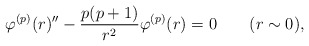
\begin{align*}\varphi^{(p)}(r)''-\frac{p(p+1)}{r^2}\varphi^{(p)}(r)=0\qquad (r\sim 0) ,\end{align*}